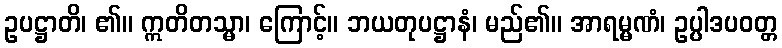
ဥပဋ္ဌာတိ၊ ၏။ ဣတိတသ္မာ၊ ကြောင့်။ ဘယတုပဋ္ဌာနံ၊ မည်၏။ အာရမ္မဏံ၊ ဥပ္ပါဒပဝတ္တ